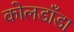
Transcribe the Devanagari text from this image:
कोलडाँडा